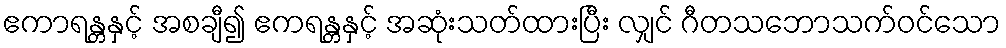
ဧကာရန္တနှင့် အစချီ၍ ဧကရန္တနှင့် အဆုံးသတ်ထားပြီး လျှင် ဂီတသဘောသက်ဝင်သော